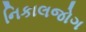
નિકાલજોગ